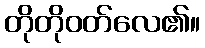
တိုတိုဝတ်လေ၏။